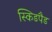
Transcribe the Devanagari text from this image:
स्किडपैड